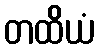
တထိယံ